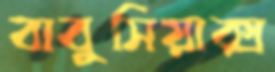
বাবুসিয়াক্স